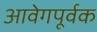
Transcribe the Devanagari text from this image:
आवेगपूर्वक